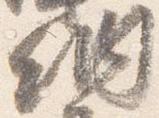
納